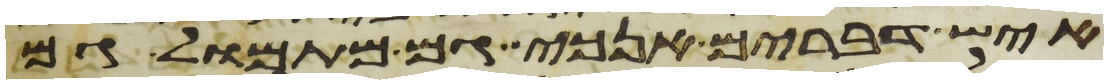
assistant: איש דברים אנכי גם מתמול גם